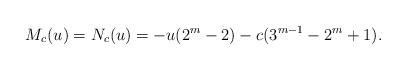
LaTeX: \begin{align*} M_c(u) = N_c(u) = -u(2^m-2) -c(3^{m-1}-2^m+1).\end{align*}